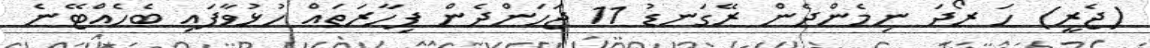
(ޖެރީ) ހަ ރޯދަ ނިމެންދެން ރޭގަނޑު 11 ޖަހަންދެން ފިހާރަތައް ހުޅުވާފައި ބެހެއްޓޭނެ